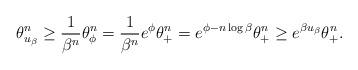
LaTeX: \begin{align*}\theta_{u_{\beta}}^n \geq \frac{1}{\beta^n} \theta_{\phi}^n = \frac{1}{\beta^n} e^{\phi}\theta_{+}^n =e^{\phi - n \log \beta}\theta_{+}^n\geq e^{\beta u_{\beta}} \theta_+^n. \end{align*}